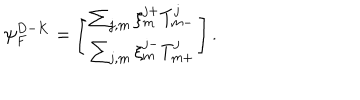
{ \psi } _ { F } ^ { D - K } = \left[ \begin{array} { c } { { \sum _ { j , m } \xi _ { m } ^ { j + } T _ { m - } ^ { j } } } \\ { { \sum _ { j , m } \xi _ { m } ^ { j - } T _ { m + } ^ { j } } } \\ \end{array} \right] .